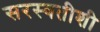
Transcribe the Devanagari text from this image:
सरस्वतीशी